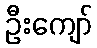
ဦးကျော်